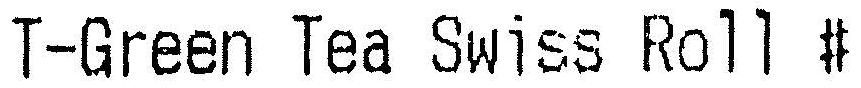
T-GREEN TEA SWISS ROLL #